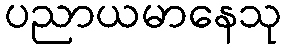
ပညာယမာနေသု